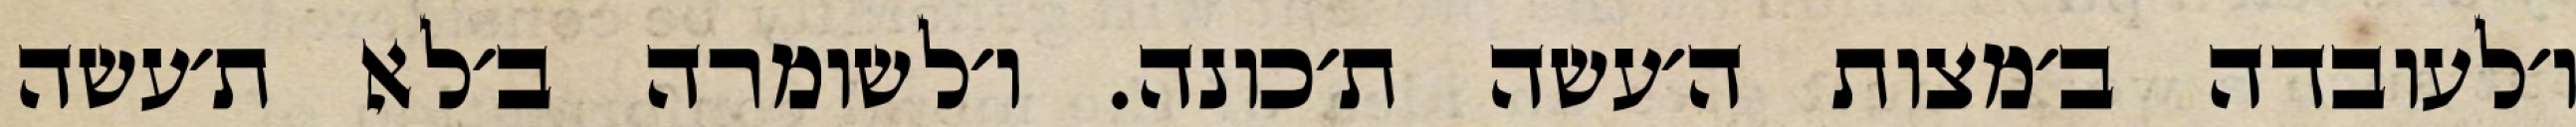
ו׳לעובדה ב׳מצות ה׳עשה ת׳כונה. ו׳לשומרה ב׳לא ת׳עשה